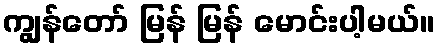
ကျွန်တော် မြန် မြန် မောင်းပါ့မယ်။